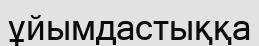
ұйымдастыққа